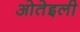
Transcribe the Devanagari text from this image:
ओतेइली